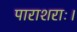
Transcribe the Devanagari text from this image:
पाराशराः।